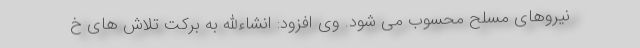
نیروهای مسلح محسوب می شود. وی افزود: انشاءالله به برکت تلاش های خ